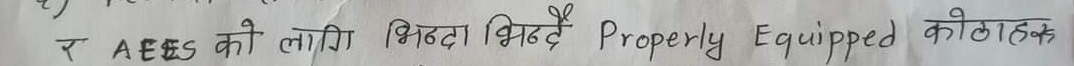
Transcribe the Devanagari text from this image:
र AEES को लागि भिन्दा भिन्दै Properly Equipped कोठाक